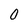
Character: 0